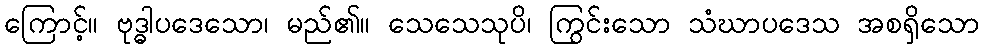
ကြောင့်။ ဗုဒ္ဓါပဒေသော၊ မည်၏။ သေသေသုပိ၊ ကြွင်းသော သံဃာပဒေသ အစရှိသော